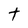
Character: t